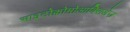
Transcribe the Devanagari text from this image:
साइटोक्रोमोआक्सिडेज़